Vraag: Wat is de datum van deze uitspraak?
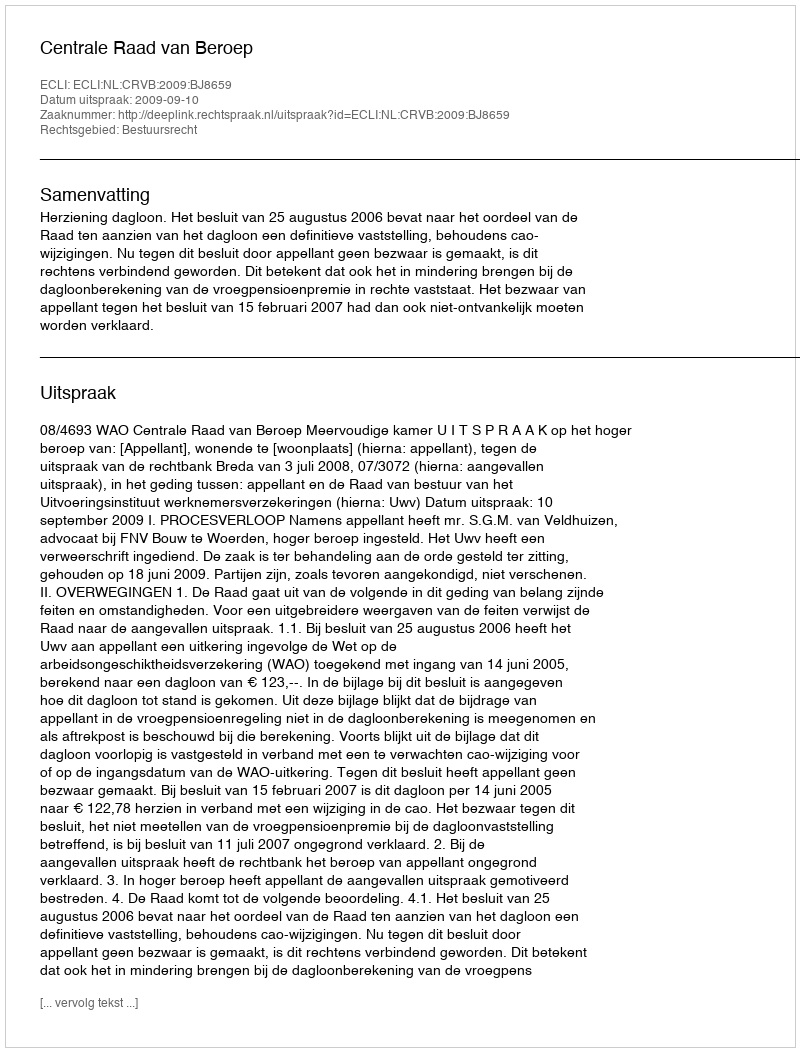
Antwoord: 2009-09-10